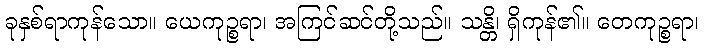
ခုနှစ်ရာကုန်သော။ ယေကုဉ္စရာ၊ အကြင်ဆင်တို့သည်။ သန္တိ၊ ရှိကုန်၏။ တေကုဉ္စရာ၊